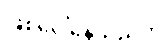
ဖြစ်ပေါ်နေသည်ကို